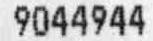
9044944